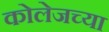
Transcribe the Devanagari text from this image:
कोलेजच्या